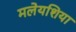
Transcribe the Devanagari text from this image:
मलेयशिया